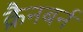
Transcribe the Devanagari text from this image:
क्रैनबर्न